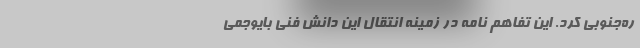
ره‌جنوبی کرد. این تفاهم نامه در زمینه انتقال این دانش فنی بایوجمی